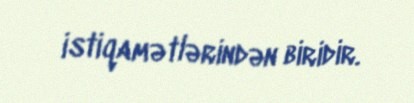
istiqamətlərindən biridir.